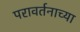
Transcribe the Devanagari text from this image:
परावर्तनाच्या